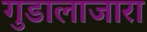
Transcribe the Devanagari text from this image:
गुडालाजारा